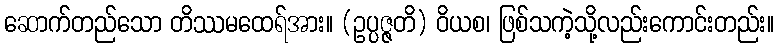
ဆောက်တည်သော တိဿမထေရ်အား။ (ဥပ္ပဇ္ဇတိ) ဝိယစ၊ ဖြစ်သကဲ့သို့လည်းကောင်းတည်း။